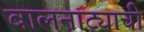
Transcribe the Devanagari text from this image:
बालनाट्याची